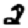
Digit: 2